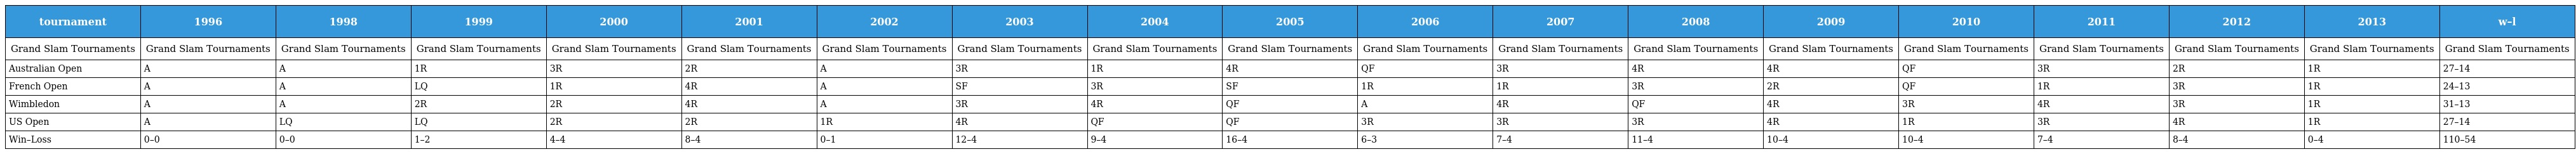
| tournament | 1996 | 1998 | 1999 | 2000 | 2001 | 2002 | 2003 | 2004 | 2005 | 2006 | 2007 | 2008 | 2009 | 2010 | 2011 | 2012 | 2013 | w–l |
 | --- | --- | --- | --- | --- | --- | --- | --- | --- | --- | --- | --- | --- | --- | --- | --- | --- | --- | --- |
 | Grand Slam Tournaments | Grand Slam Tournaments | Grand Slam Tournaments | Grand Slam Tournaments | Grand Slam Tournaments | Grand Slam Tournaments | Grand Slam Tournaments | Grand Slam Tournaments | Grand Slam Tournaments | Grand Slam Tournaments | Grand Slam Tournaments | Grand Slam Tournaments | Grand Slam Tournaments | Grand Slam Tournaments | Grand Slam Tournaments | Grand Slam Tournaments | Grand Slam Tournaments | Grand Slam Tournaments | Grand Slam Tournaments |
 | Australian Open | A | A | 1R | 3R | 2R | A | 3R | 1R | 4R | QF | 3R | 4R | 4R | QF | 3R | 2R | 1R | 27–14 |
 | French Open | A | A | LQ | 1R | 4R | A | SF | 3R | SF | 1R | 1R | 3R | 2R | QF | 1R | 3R | 1R | 24–13 |
 | Wimbledon | A | A | 2R | 2R | 4R | A | 3R | 4R | QF | A | 4R | QF | 4R | 3R | 4R | 3R | 1R | 31–13 |
 | US Open | A | LQ | LQ | 2R | 2R | 1R | 4R | QF | QF | 3R | 3R | 3R | 4R | 1R | 3R | 4R | 1R | 27–14 |
 | Win–Loss | 0–0 | 0–0 | 1–2 | 4–4 | 8–4 | 0–1 | 12–4 | 9–4 | 16–4 | 6–3 | 7–4 | 11–4 | 10–4 | 10–4 | 7–4 | 8–4 | 0–4 | 110–54 |